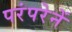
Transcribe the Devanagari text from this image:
परंपरेनें